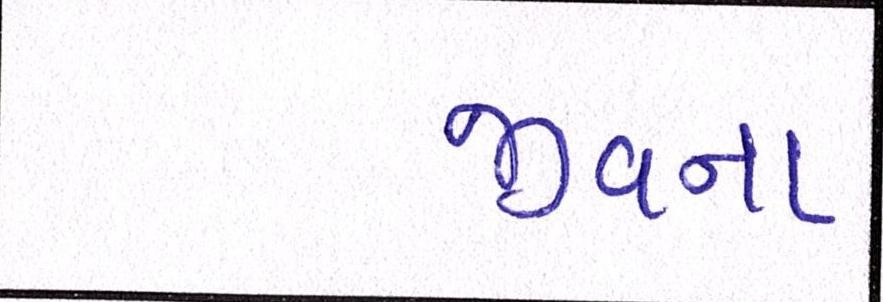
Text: જીવના